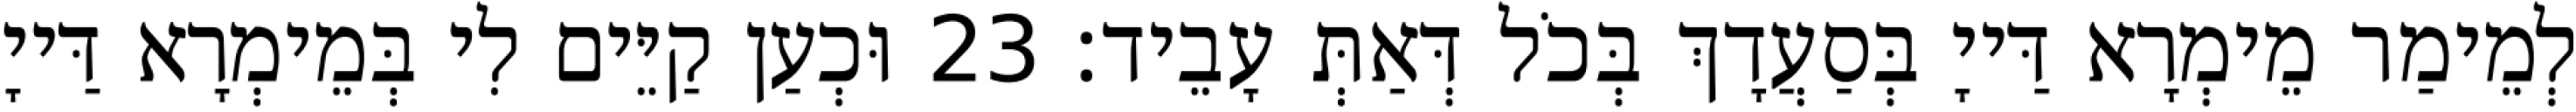
לְמֵימַר מֵימְרָא דַּייָ בְּסַעֲדָךְ בְּכֹל דְּאַתְּ עָבֵיד׃ 23 וּכְעַן קַיֵּים לִי בְּמֵימְרָא דַּייָ